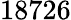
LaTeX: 18726